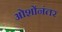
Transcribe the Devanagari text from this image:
ओशोंनंतर